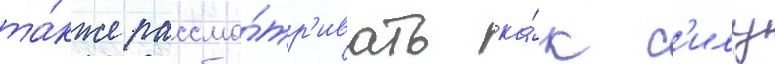
та́кже рассма́тр'ивать ка́к с'илу